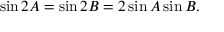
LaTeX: \displaystyle \sin { 2 A } = \sin { 2 B } = 2 \sin { A } \sin { B } .